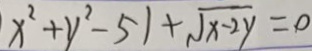
x ^ { 2 } + y ^ { 2 } - 5 1 + \sqrt { x - 2 y } = 0